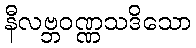
နီလဗ္ဘဝဏ္ဏသဒိသော